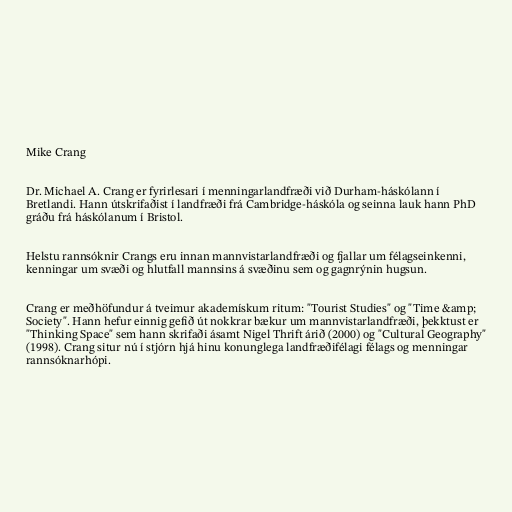
Mike Crang

Dr. Michael A. Crang er fyrirlesari í menningarlandfræði við Durham-háskólann í
Bretlandi. Hann útskrifaðist í landfræði frá Cambridge-háskóla og seinna lauk hann PhD
gráðu frá háskólanum í Bristol.

Helstu rannsóknir Crangs eru innan mannvistarlandfræði og fjallar um félagseinkenni,
kenningar um svæði og hlutfall mannsins á svæðinu sem og gagnrýnin hugsun.

Crang er meðhöfundur á tveimur akademískum ritum: "Tourist Studies" og "Time &amp;
Society". Hann hefur einnig gefið út nokkrar bækur um mannvistarlandfræði, þekktust er
"Thinking Space" sem hann skrifaði ásamt Nigel Thrift árið (2000) og "Cultural Geography"
(1998). Crang situr nú í stjórn hjá hinu konunglega landfræðifélagi félags og menningar
rannsóknarhópi.